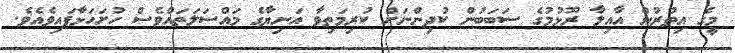
މީގެ އިތުރުން އާއިލާ ރޫޅުމުގެ ސަބަބުން ކުދިންނަށް ކުރިމަތިވާ އަނިޔާގެ މައްސަލަތައްވެސް ހުށަހަޅާފައިވެއެވެ.